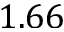
1 . 6 6